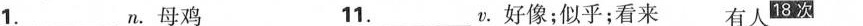
1.___.母鸡 11.___v。好像；似乎；看来 有人^{18次}